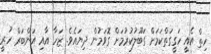
ހިތް އެއީ ހަގީގަތްކަމަށް ގަބޫލުކުރުމަށް ގޮވަމުން ދިޔައެވެ. ޒަހާ އާއި އަންބަރް ހުރީ